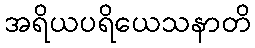
အရိယပရိယေသနာတိ